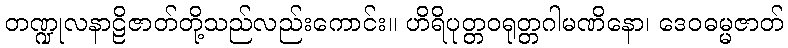
တဏ္ဍုလနာဠိဇာတ်တို့သည်လည်းကောင်း။ ဟိရိပုတ္တဝရုတ္တဂါမဏိနော၊ ဒေဝဓမ္မဇာတ်